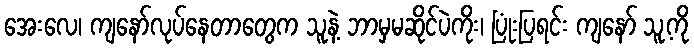
အေးလေ၊ ကျနော်လုပ်နေတာတွေက သူနဲ့ ဘာမှမဆိုင်ပဲကိုး၊ ပြုံးပြရင်း ကျနော် သူ့ကို